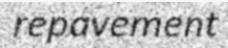
repavement